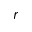
r